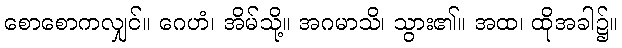
စောစောကလျှင်။ ဂေဟံ၊ အိမ်သို့။ အဂမာသိ၊ သွား၏။ အထ၊ ထိုအခါ၌။